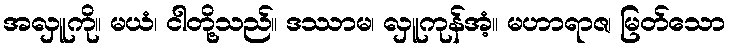
အလှူကို။ မယံ၊ ငါတို့သည်။ ဒဿာမ၊ လှူကုန်အံ့။ မဟာရာဇ၊ မြတ်သော